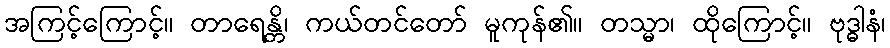
အကြင့်ကြောင့်။ တာရေန္တိ၊ ကယ်တင်တော် မူကုန်၏။ တသ္မာ၊ ထိုကြောင့်။ ဗုဒ္ဓါနံ၊